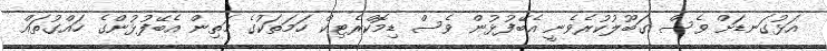
އަޅުގަނޑަށް ވެސް ގަބޫލުކުރެވެނީ އެބޭފުޅުން ވެސް ޑިމޮކްރެޓިކް ހަމަތަކުގެ މަތިން އެބޭފުޅުންގެ ހައްގުތައް